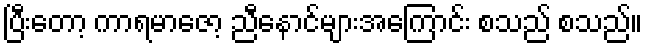
ပြီးတော့ ကာရမာဇော့ ညီနောင်များအကြောင်း စသည် စသည်။